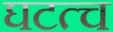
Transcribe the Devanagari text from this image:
घटत्च